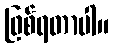
ဖြစ်ရတာပါ။